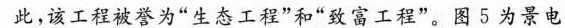
此，该工程被誉为”生态工程”和”致富工程”。图5为景电